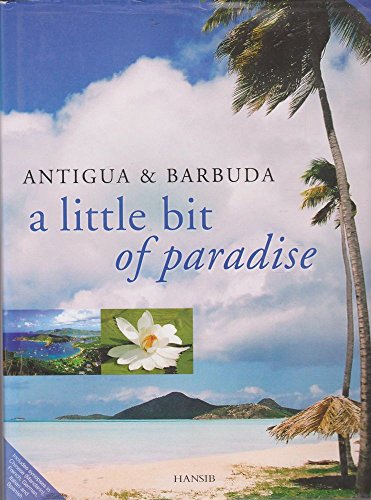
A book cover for Antigua and Barbuda: A Little Bit of Paradise; Arif Ali           ; Travel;